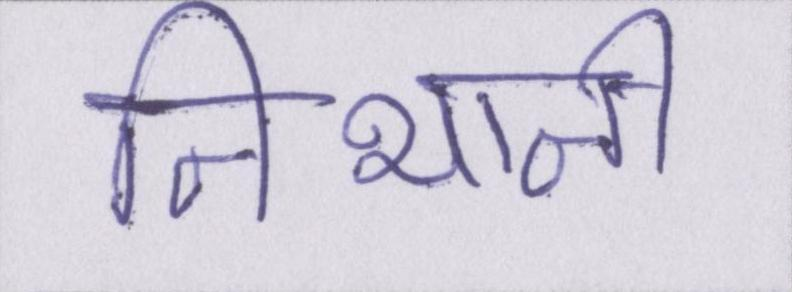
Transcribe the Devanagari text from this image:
निभानी